Civil Veterinary Department Bihar reports 1940-50 - 1940-1950
Year: 1940
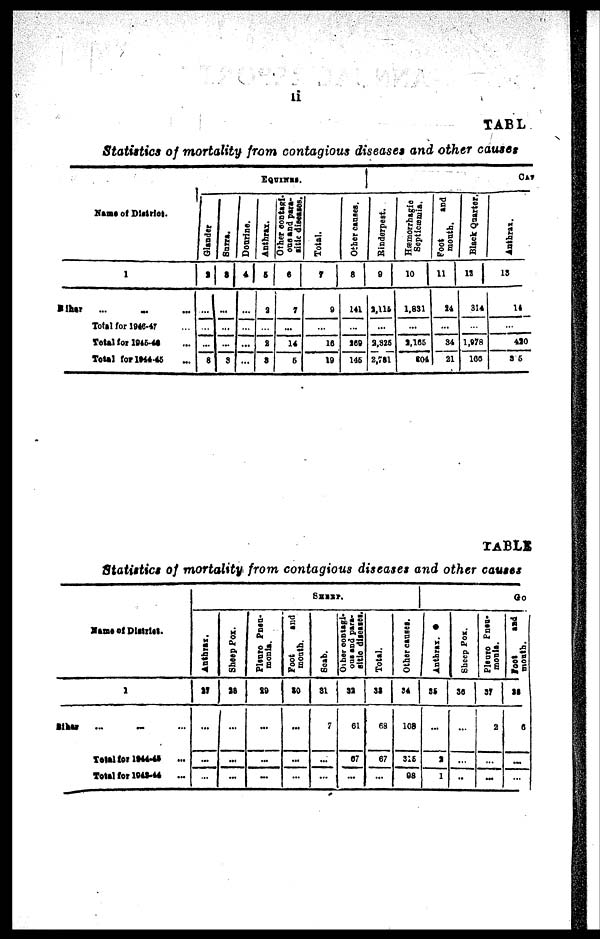
ii
TABL
Statistics of mortality from contagious diseases and other causes
Name of District.
1
Bihar ... ... ...
Total for 1946-47 ...
Total for 1945-46 ...
Total for 1944-45 ...
EQUINES.
Glander
2
...
...
...
8
Surra.
3
...
...
...
9
Dourine.
4
...
...
...
...
Anthrax.
5
2
...
1
8
Other contagi-
ous
and para-
sitic
diseases.
6
7
...
14
5
Total.
7
9
...
10
19
Other causes.
8
141
...
168
145
CAY
Rinderpest.
9
2,115
...
2,325
2,731
Hæmorrhagic
Septicæmia.
10
1,831
...
2,165
104
Foot
and
mouth.
11
24
...
84
21
Black Quarter.
12
314
...
1,978
160
Anthrax.
13
14
...
410
3 5
TABLE
Statistics of mortality from contagious diseases and other causes
Name of District.
1
Bihar ... ... ...
Total for 1944-45 ...
Total for 1943-44
...
SHEEP.
Anthrax.
27
...
...
...
Sheep Pox.
38
...
...
...
Pleuro Pneu-
monia.
29
...
...
...
Foot
and
month.
30
...
...
...
Scab.
31
7
...
...
Other contagi-
ous
and para-
sitic diseases.
33
61
67
...
Total.
38
68
67
...
Other causes.
34
108
315
98
Go
Anthrax.
35
...
8
1
Sheep Pox.
36
...
...
..
Pleuro Pneu-
monia.
37
2
...
...
foot
and
mouth.
38
6
...